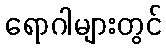
ရောဂါများတွင်